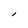
Character: l